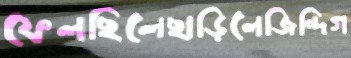
ফেলছিলেছাড়িলেজিন্দিগ